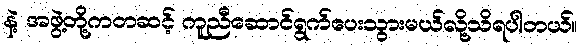
နဲ့ အဖွဲ့တို့ကတဆင့် ကူညီဆောင်ရွက်ပေးသွားမယ်လို့သိရပါတယ်။